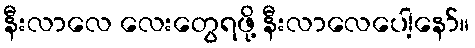
နီးလာလေ လေးတွေရဖို့ နီးလာလေပေါ့နော်။